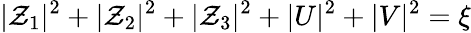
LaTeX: |\mathcal{Z}_{1}|^{2}+|\mathcal{Z}_{2}|^{2}+|\mathcal{Z}_{3}|^{2}+|U|^{2}+|V|^{2}=\xi